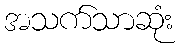
အသက်သာဆုံး